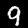
Digit: 9